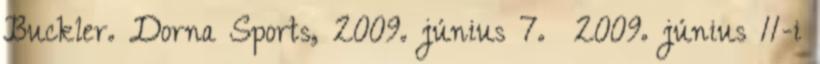
Buckler. Dorna Sports, 2009. június 7. 2009. június 11-i